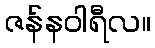
ဇန်နဝါရီလ။